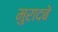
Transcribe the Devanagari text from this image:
मुरादबे